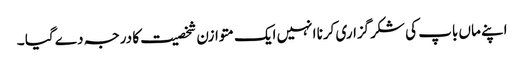
اپنے ماں باپ کی شکرگزاری کرنا انہیں ایک متوازن شخصیت کا درجہ دے گیا ۔